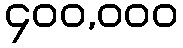
၄၀၀,၀၀၀